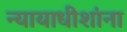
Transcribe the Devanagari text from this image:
न्यायाधीशांना